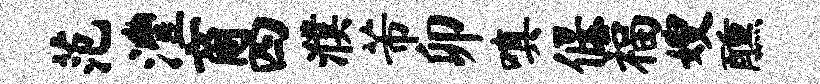
范澧商四濮芾卯嗔偃福嫂醺